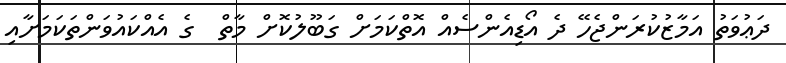
ދަޢުވަތު އަމާޒުކުރަންޖެހޭ ދެ އޯޑިއެންސެއް އޮތްކަމަށް ގަބޫލުކޮށް މާތް  ގެ އެއްކައުވަންތަކަމަށާއި